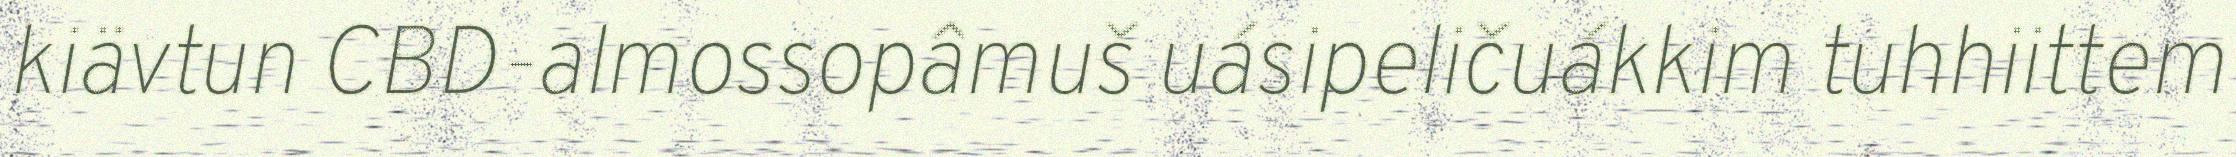
kiävtun CBD-almossopâmuš uásipeličuákkim tuhhiittem